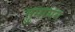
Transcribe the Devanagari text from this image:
तुमायन